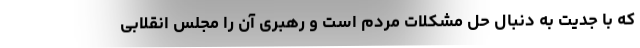
که با جدیت به دنبال حل مشکلات مردم است و رهبری آن را مجلس انقلابی